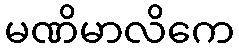
မဏိမာလိကေ